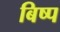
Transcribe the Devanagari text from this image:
बिष्प